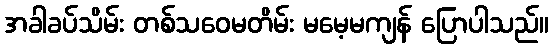
အခါခပ်သိမ်း တစ်သဝေမတိမ်း မမေ့မကျန် ပြောပါသည်။